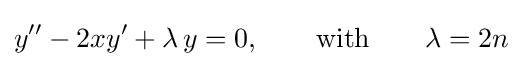
y''-2xy'+\lambda \,y=0,\qquad {\text{with}}\qquad \lambda =2n